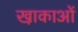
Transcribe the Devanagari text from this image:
खा़काओं